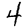
Digit: 4